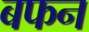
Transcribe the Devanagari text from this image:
बफन